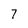
Character: 7